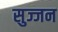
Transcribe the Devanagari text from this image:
सुज्जन